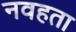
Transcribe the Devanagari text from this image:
नवहता